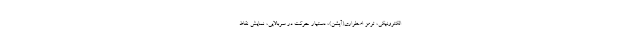
الکترونیکی، ترمز اضطراری(آپشن)، دستیار حرکت در سربالایی، نمایش نقاط